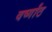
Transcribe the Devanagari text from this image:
वर्ष्गांठ